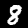
Label: 8